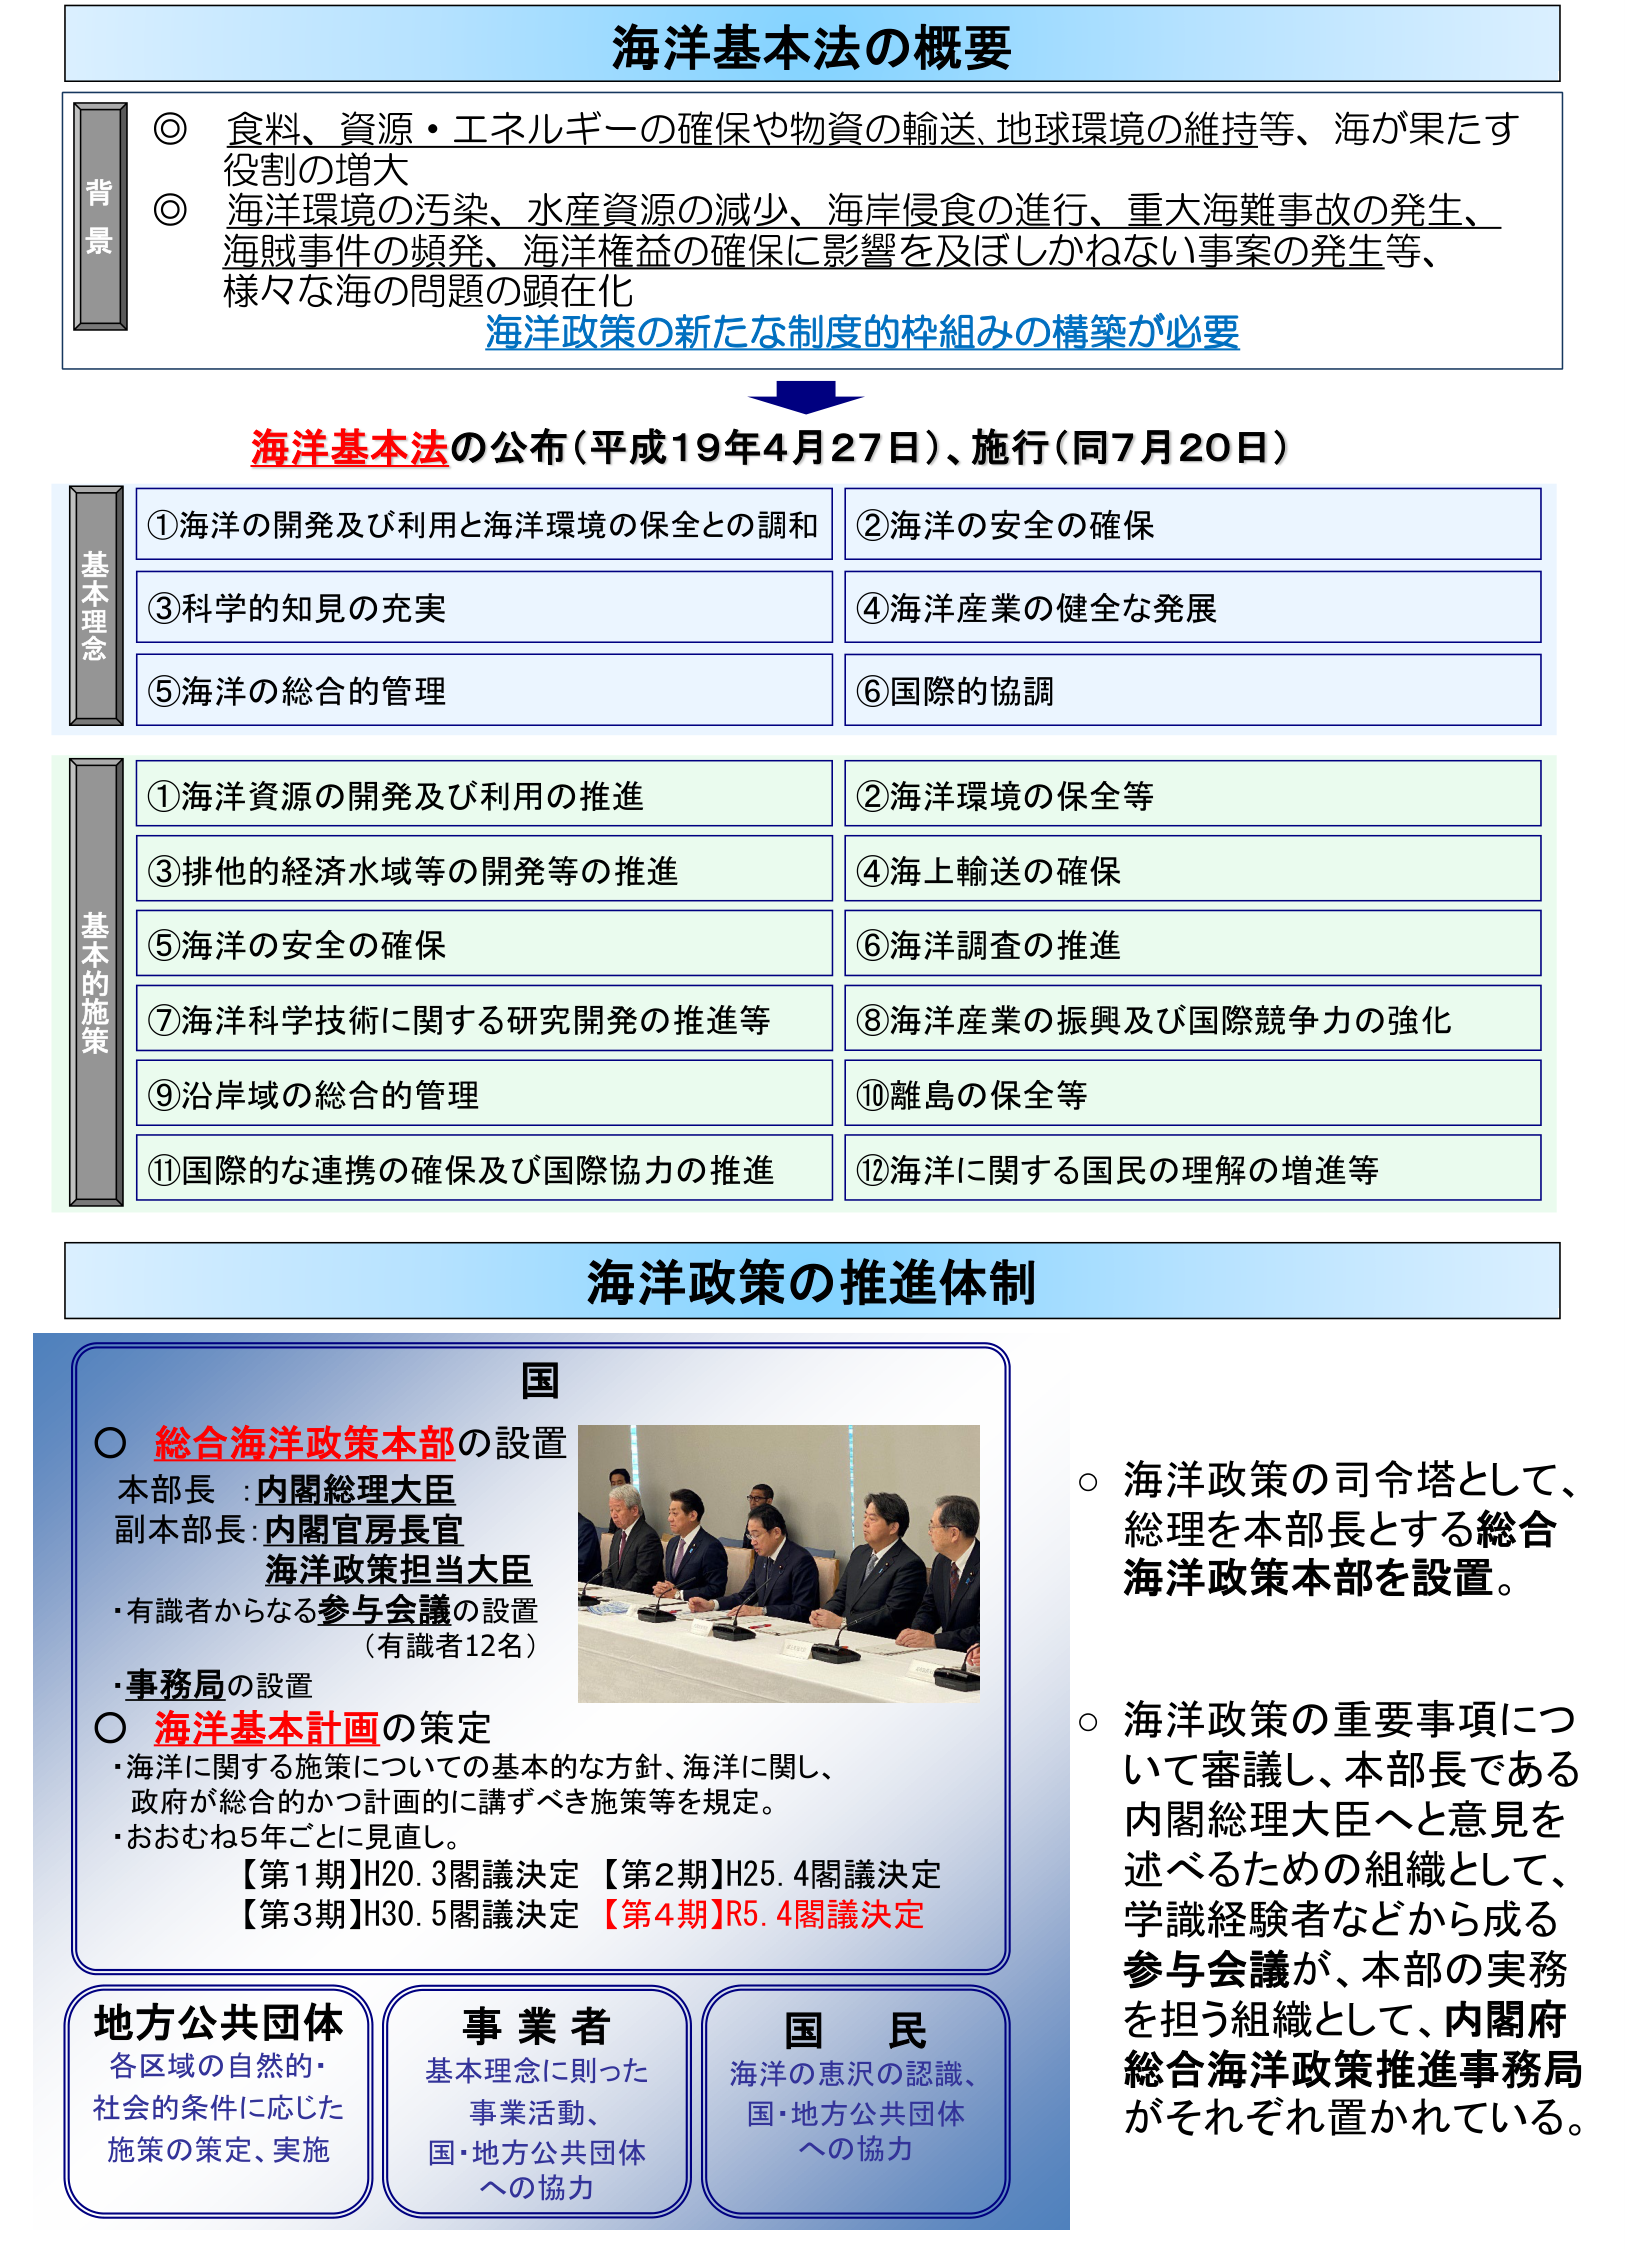
海洋基本法の概要

背景
◎ 食料、資源・エネルギーの確保や物資の輸送、地球環境の維持等、海が果たす役割の増大
◎ 海洋環境の汚染、水産資源の減少、海岸侵食の進行、重大海難事故の発生、海賊事件の頻発、海洋権益の確保に影響を及ぼしかねない事案の発生等、様々な海の問題の顕在化
海洋政策の新たな制度的枠組みの構築が必要

海洋基本法の公布（平成19年4月27日）、施行（同7月20日）

基本理念
①海洋の開発及び利用と海洋環境の保全との調和
②海洋の安全の確保
③科学的知見の充実
④海洋産業の健全な発展
⑤海洋の総合的管理
⑥国際的協調

基本的施策
①海洋資源の開発及び利用の推進
②海洋環境の保全等
③排他的経済水域等の開発等の推進
④海上輸送の確保
⑤海洋の安全の確保
⑥海洋調査の推進
⑦海洋科学技術に関する研究開発の推進等
⑧海洋産業の振興及び国際競争力の強化
⑨沿岸域の総合的管理
⑩離島の保全等
⑪国際的な連携の確保及び国際協力の推進
⑫海洋に関する国民の理解の増進等

海洋政策の推進体制

国
○ 総合海洋政策本部の設置
本部長：内閣総理大臣
副本部長：内閣官房長官
海洋政策担当大臣
・有識者からなる参与会議の設置（有識者12名）
・事務局の設置
○ 海洋基本計画の策定
・海洋に関する施策についての基本的な方針、海洋に関し、政府が総合的かつ計画的に講ずべき施策等を規定。
・おおむね5年ごとに見直し。
【第1期】H20.3閣議決定 【第2期】H25.4閣議決定
【第3期】H30.5閣議決定 【第4期】R5.4閣議決定

○ 海洋政策の司令塔として、総理を本部長とする総合海洋政策本部を設置。
○ 海洋政策の重要事項について審議し、本部長である内閣総理大臣へと意見を述べるための組織として、学識経験者などから成る参与会議が、本部の実務を担う組織として、内閣府総合海洋政策推進事務局がそれぞれ置かれている。

地方公共団体
各区域の自然的・社会的条件に応じた施策の策定、実施

事業者
基本理念に則った事業活動、国・地方公共団体への協力

国民
海洋の恵みの認識、国・地方公共団体への協力